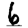
Digit: 6